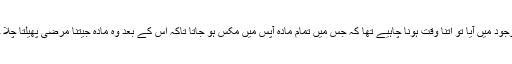
یعنی بگ بینگ کے نتیجے میں جب مادہ وجود میں آیا تو اتنا وقت ہونا چاہیے تھا کہ جس میں تمام مادہ آپس میں مکس ہو جاتا تاکہ اس کے بعد وہ مادہ جیتنا مرضی پھیلتا چلا جاتا مگر اس کا درجہ حرارت یکساں ہوتا۔